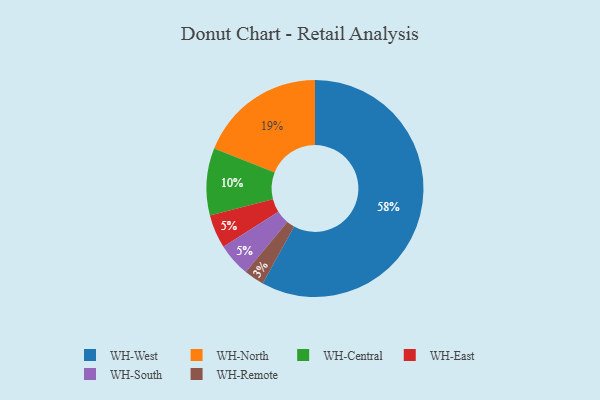
{"axis": {"x": "Category", "y": "Percentage"}, "legend": ["WH-Central", "WH-East", "WH-North", "WH-Remote", "WH-South", "WH-West"], "data": [{"x": "WH-West", "y": 58, "type": "WH-West"}, {"x": "WH-North", "y": 19, "type": "WH-North"}, {"x": "WH-Remote", "y": 3, "type": "WH-Remote"}, {"x": "WH-East", "y": 5, "type": "WH-East"}, {"x": "WH-Central", "y": 10, "type": "WH-Central"}, {"x": "WH-South", "y": 5, "type": "WH-South"}]}